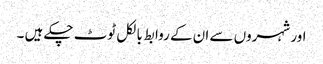
اور شہروں سے ان کے روابط بالکل ٹوٹ چکے ہیں ۔